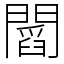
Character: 𨶒